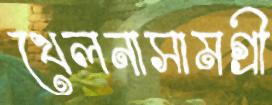
খেলনাসামগ্রী